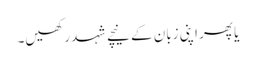
یا پھر اپنی زبان کے نیچے شہد رکھیں۔